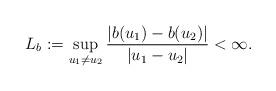
LaTeX: \begin{align*}L_b:=\sup_{u_1\neq u_2} \frac{|b(u_1)-b(u_2)|}{|u_1-u_2|}<\infty.\end{align*}